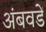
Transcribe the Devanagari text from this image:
अंबवडें